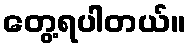
တွေ့ရပါတယ်။